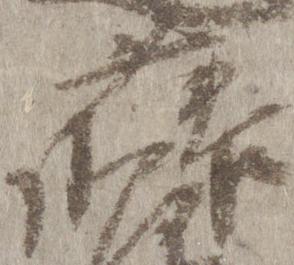
藤